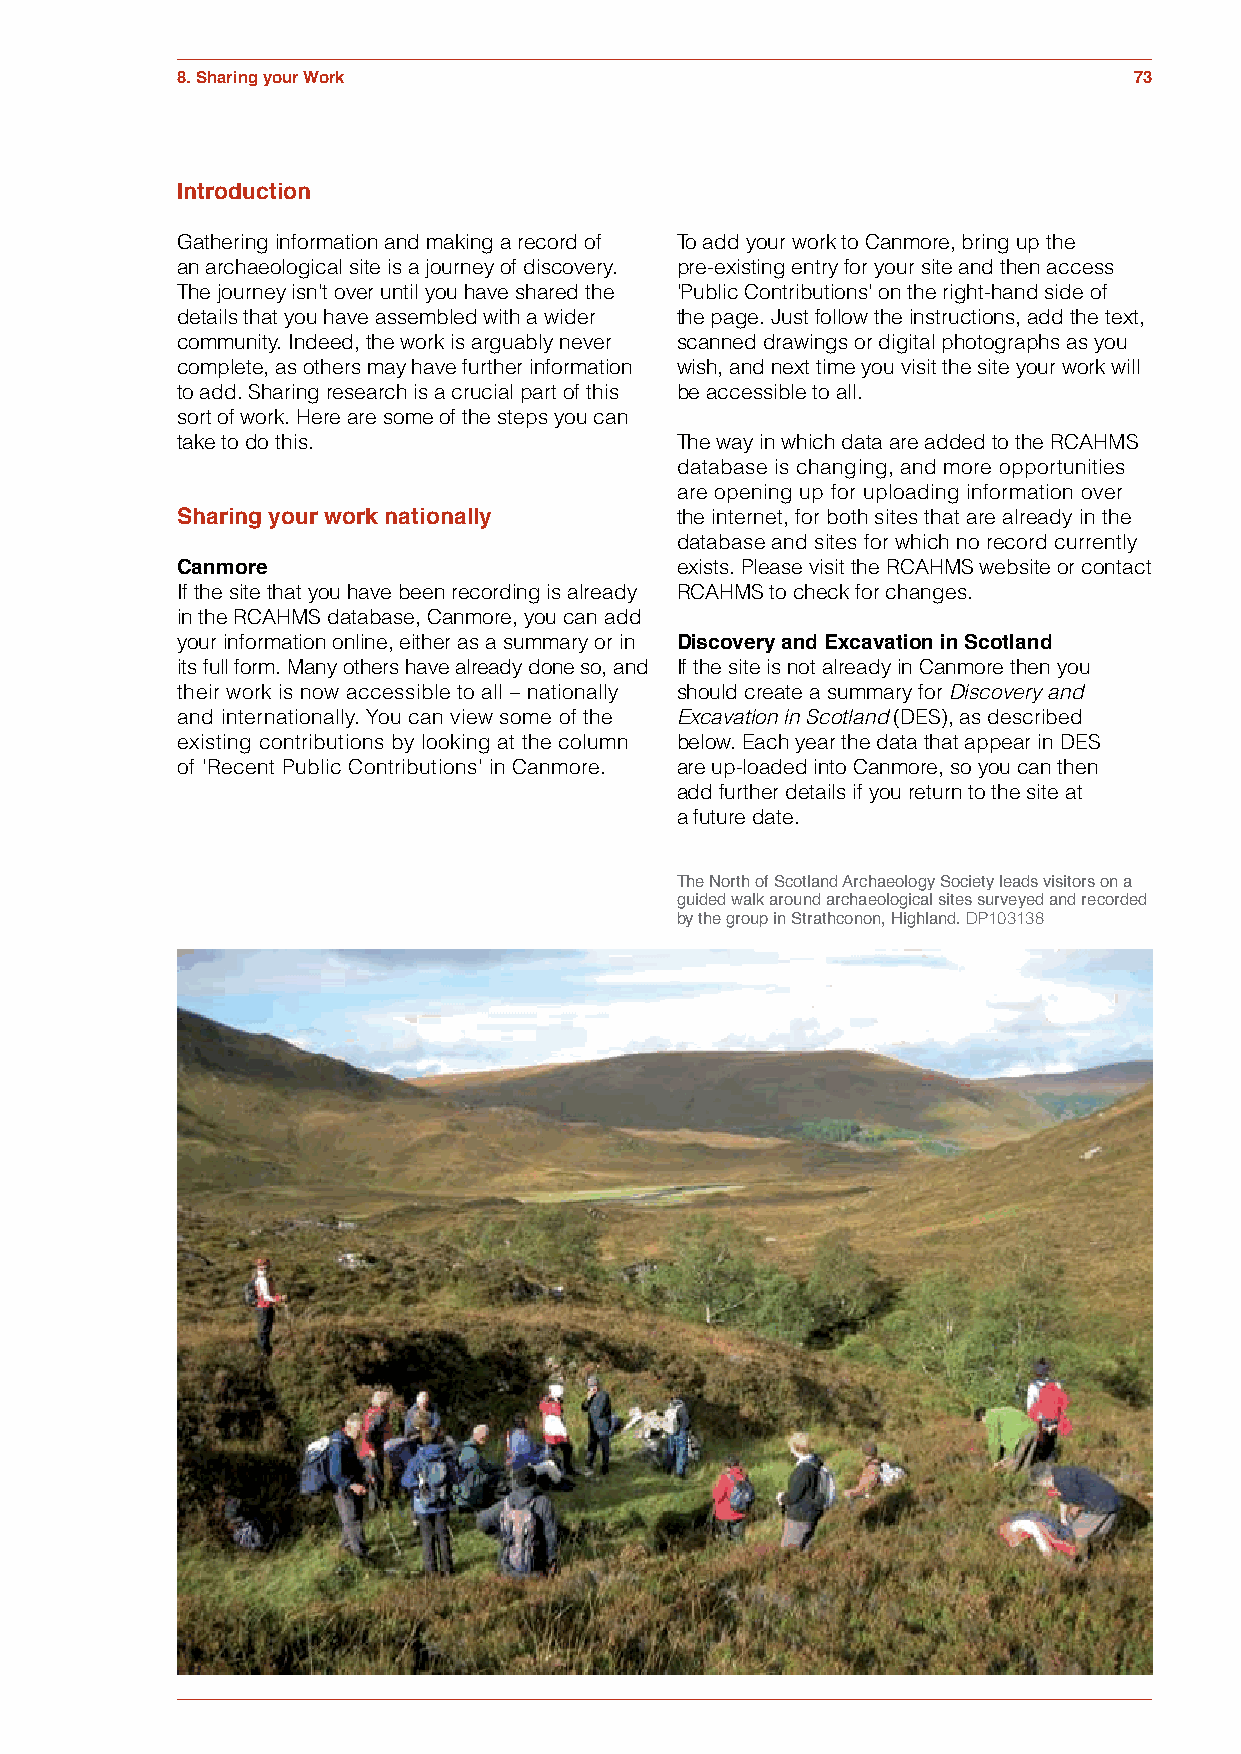
8. Sharing your Work                                           73
 Introduction
 Gathering information and making a record of To add your work to Canmore, bring up the
 an archaeological site is a journey of discovery. pre-existing entry for your site and then access
 The journey isn’t over until you have shared the 'Public Contributions' on the right-hand side of
 details that you have assembled with a wider the page. Just follow the instructions, add the text,
 community. Indeed, the work is arguably never scanned drawings or digital photographs as you
 complete, as others may have further information wish, and next time you visit the site your work will
 to add. Sharing research is a crucial part of this be accessible to all.
 sort of work. Here are some of the steps you can
 take to do this.                 The way in which data are added to the RCAHMS
 database is changing, and more opportunities
 are opening up for uploading information over
 Sharing your work nationally     the internet, for both sites that are already in the
 database and sites for which no record currently
 Canmore                          exists. Please visit the RCAHMS website or contact
 If the site that you have been recording is already RCAHMS to check for changes.
 in the RCAHMS database, Canmore, you can add
 your information online, either as a summary or in Discovery and Excavation in Scotland
 its full form. Many others have already done so, and If the site is not already in Canmore then you
 their work is now accessible to all – nationally should create a summary for Discovery and
 and internationally. You can view some of the Excavation in Scotland (DES), as described
 existing contributions by looking at the column below. Each year the data that appear in DES
 of 'Recent Public Contributions' in Canmore. are up-loaded into Canmore, so you can then
 add further details if you return to the site at
 a future date.
 The North of Scotland Archaeology Society leads visitors on a
 guided walk around archaeological sites surveyed and recorded
 by the group in Strathconon, Highland. DP103138